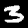
Label: 3